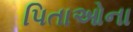
પિતાઓના